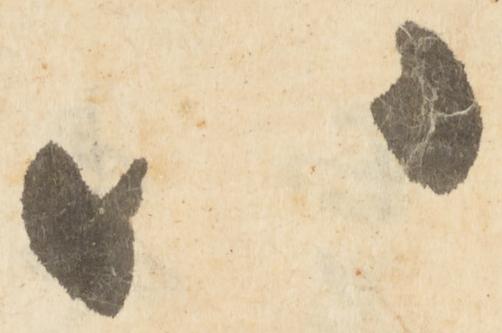
八